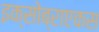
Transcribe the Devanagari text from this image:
इक्सोब्राएकस